Vaccination in Bombay 1863-1868 - 1863-1868
Year: 1863
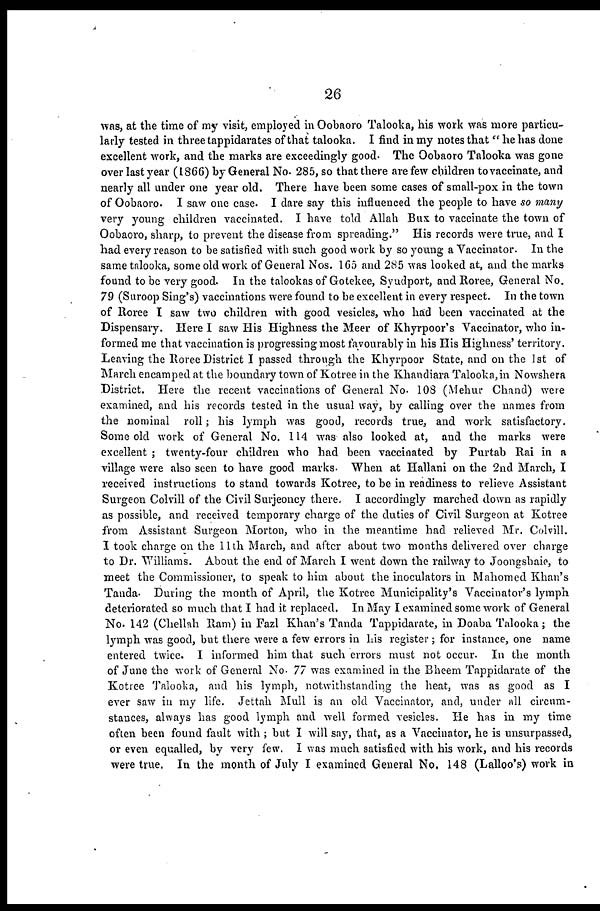
26
was, at the time of my visit, employed in Oobaoro Talooka, his work was more particu-
larly tested in three tappidarates of that talooka. I find in my notes that " he has done
excellent work, and the marks are exceedingly good. The Oobaoro Talooka was gone
over last year (1866) by General No. 285, so that there are few children to vaccinate, and
nearly all under one year old. There have been some cases of small-pox in the town
of Oobaoro. I saw one case. I dare say this influenced the people to have so many
very young children vaccinated. I have told Allah Bux to vaccinate the town of
Oobaoro, sharp, to prevent the disease from spreading." His records were true, and I
had every reason to be satisfied with such good work by so young a Vaccinator. In the
same talooka, some old work of General Nos. 165 and 285 was looked at, and the marks
found to be very good. In the talookas of Gotekee, Syudport, and Roree, General No.
79 (Suroop Sing's) vaccinations were found to be excellent in every respect. In the town
of Roree I saw two children with good vesicles, who had been vaccinated at the
Dispensary. Here I saw His Highness the Meer of Khyrpoor's Vaccinator, who in-
formed me that vaccination is progressing most favourably in his His Highness' territory.
Leaving the Roree District I passed through the Khyrpoor State, and on the 1st of
March encamped at the boundary town of Kotree in the Khandiara Talooka, in Nowshera
District. Here the recent vaccinations of General No. 108 (Mehur Chand) were
examined, and his records tested in the usual way, by calling over the names from
the nominal roll; his lymph was good, records true, and work satisfactory.
Some old work of General No. 114 was also looked at, and the marks were
excellent ; twenty-four children who had been vaccinated by Purtab Rai in a
village were also seen to have good marks. When at Hallani on the 2nd March, I
received instructions to stand towards Kotree, to be in readiness to relieve Assistant
Surgeon Colvill of the Civil Surjeoncy there. I accordingly marched down as rapidly
as possible, and received temporary charge of the duties of Civil Surgeon at Kotree
from Assistant Surgeon Morton, who in the meantime had relieved Mr. Colvill.
I took charge on the 11th March, and after about two months delivered over charge
to Dr. Williams. About the end of March I went down the railway to Joongsbaie, to
meet the Commissioner, to speak to him about the inoculators in Mahomed Khan's
Tanda. During the month of April, the Kotree Municipality's Vaccinator's lymph
deteriorated so much that I had it replaced. In May I examined some work of General
No. 142 (Chellah Ram) in Fazl Khan's Tanda Tappidarate, in Doaba Talooka; the
lymph was good, but there were a few errors in his register; for instance, one name
entered twice. I informed him that such errors must not occur. In the month
of June the work of General No. 77 was examined in the Bheem Tappidarate of the
Kotree Talooka, and his lymph, notwithstanding the heat, was as good as I
ever saw in my life. Jettah Mull is an old Vaccinator, and, under all circum-
stances, always has good lymph and well formed vesicles. He has in my time
often been found fault with ; but I will say, that, as a Vaccinator, he is unsurpassed,
or even equalled, by very few. I was much satisfied with his work, and his records
were true. In the month of July I examined General No. 148 (Lalloo's) work in